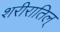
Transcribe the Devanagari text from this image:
शरीरातिल्